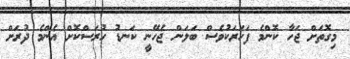
މިގޮތަށް ޖަހާ ކޮންމެ ފަހަރަކުވެސް ބަލަން ޖެހޭނީ ކަނޑު ހުރަސްކޮށް އެންމެ ދުރަށް